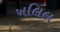
ખલિલ